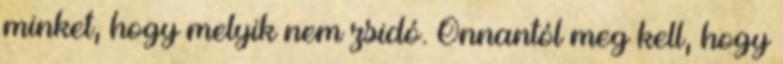
minket, hogy melyik nem zsidó. Onnantól meg kell, hogy